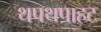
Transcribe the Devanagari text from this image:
थपथपाहट